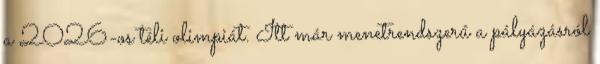
a 2026-os téli olimpiát. Itt már menetrendszerű a pályázásról